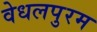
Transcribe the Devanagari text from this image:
वेधलपुरम